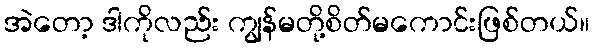
အဲတော့ ဒါကိုလည်း ကျွန်မတို့စိတ်မကောင်းဖြစ်တယ်။